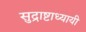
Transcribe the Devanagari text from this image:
सुद्राष्टाध्यायी